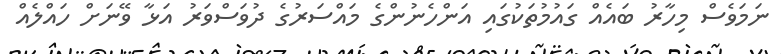
ނަމަވެސް މިހާރު ބައެއް ގައުމުތަކުގައި އަންހެނުންގެ މައްސަރުގެ ދުވަސްވަރު އަޅާ ވޭނަށް ހައްލެއް